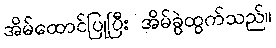
အိမ်ထောင်ပြုပြီး အိမ်ခွဲထွက်သည်။